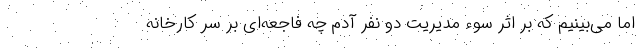
اما می‌بینیم که بر اثر سوء مدیریت دو نفر آدم چه فاجعه‌ای بر سر کارخانه